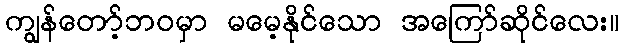
ကျွန်တော့်ဘဝမှာ မမေ့နိုင်သော အကြော်ဆိုင်လေး။